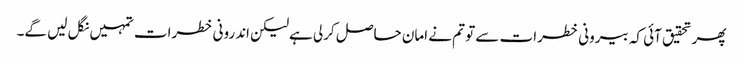
پھر تحقیق آئی کہ بیرونی خطرات سے تو تم نے امان حاصل کرلی ہےلیکن اندرونی خطرات تمہیں نگل لیں گے۔